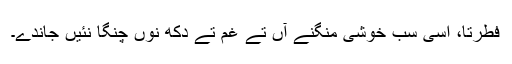
فطرتاً، اسی سب خوشی منگنے آں تے غم تے دکھ نوں چنگا نئیں جاندے۔